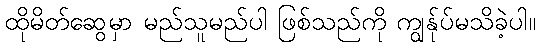
ထိုမိတ်ဆွေမှာ မည်သူမည်ပါ ဖြစ်သည်ကို ကျွန်ုပ်မသိခဲ့ပါ။